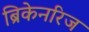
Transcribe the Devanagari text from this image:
ब्रिकेनरिज